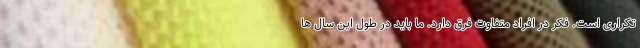
تکراری است. فکر در افراد متفاوت فرق دارد. ما باید در طول این سال ها